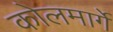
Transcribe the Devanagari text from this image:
कोलमार्गे